Scientific memoirs by medical officers of the Army of India - Part IX,
Year: 1895
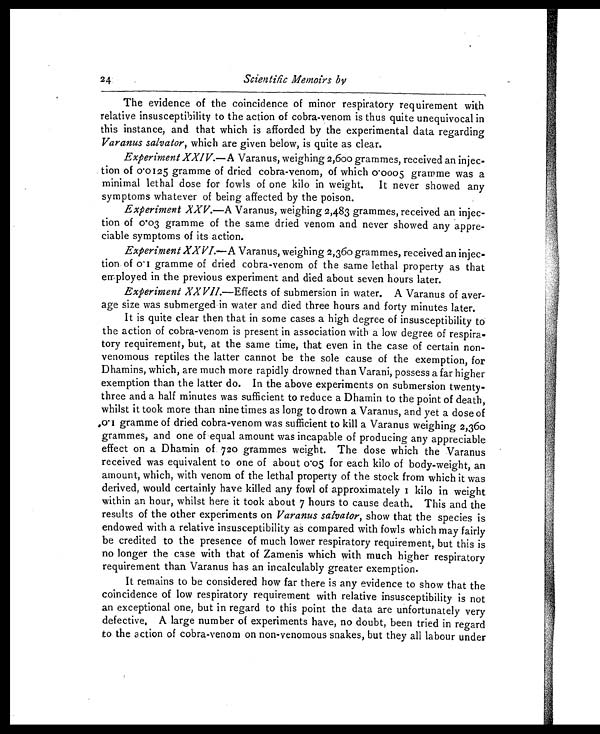
24
Scientific Memoirs by
The evidence of the coincidence of minor respiratory requirement with
relative insusceptibility to the action of cobra-venom is thus quite unequivocal in
this instance, and that which is afforded by the experimental data regarding
Varanus salvator, which are given below, is quite as clear.
Experiment XXIV.—A Varanus, weighing 2,600 grammes, received an injec-
tion of 0.0125 gramme of dried cobra-venom, of which 0.0005 gramme was a
minimal lethal dose for fowls of one kilo in weight. It never showed any
symptoms whatever of being affected by the poison.
Experiment XXV.—A Varanus, weighing 2,483 grammes, received an injec-
tion of 0.03 gramme of the same dried venom and never showed any appre-
ciable symptoms of its action.
Experiment XXVI.—A Varanus, weighing 2,360 grammes, received an injec-
tion of 0.1 gramme of dried cobra-venom of the same lethal property as that
employed in the previous experiment and died about seven hours later.
Experiment XXVII.—Effects of submersion in water. A Varanus of aver-
age size was submerged in water and died three hours and forty minutes later.
It is quite clear then that in some cases a high degree of insusceptibility to
the action of cobra-venom is present in association with a low degree of respira-
tory requirement, but, at the same time, that even in the case of certain non-
-venomous reptiles the latter cannot be the sole cause of the exemption, for
Dhamins, which, are much more rapidly drowned than Varani, possess a far higher
exemption than the latter do. In the above experiments on submersion twenty-
three and a half minutes was sufficient to reduce a Dhamin to the point of death,
whilst it took more than nine times as long to drown a Varanus, and yet a dose of
0.1 gramme of dried cobra-venom was sufficient to kill a Varanus weighing 2,360
grammes, and one of equal amount was incapable of producing any appreciable
effect on a Dhamin of. 720 grammes weight. The dose which the Varanus
received was equivalent to one of about cos for each kilo of body-weight, an
amount, which, with venom of the lethal property of the stock from which it was
derived, would certainly have killed any fowl of approximately I kilo in weight
within an hour, whilst here it took about 7 hours to cause death. This and the
results of the other experiments on Varanus salvator, show that the species is
endowed with a relative insusceptibility as compared with fowls which may fairly
be credited to the presence of much lower respiratory requirement, but this is
no longer the case with that of Zamenis which with much higher respiratory
requirement than Varanus has an incalculably greater exemption.
It remains to be considered how far there is any evidence to show that the
coincidence of low respiratory requirement with relative insusceptibility is not
an exceptional one, but in regard to this point the data are unfortunately very
defective. A large number of experiments have, no doubt, been tried in regard
to the action of cobra-venom on non-venomous snakes, but they all labour under